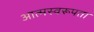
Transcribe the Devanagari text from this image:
आत्मस्वरूपता